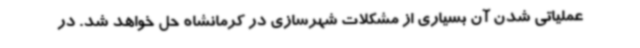
عملیاتی شدن آن بسیاری از مشکلات شهرسازی در کرمانشاه حل خواهد شد. در